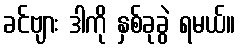
ခင်ဗျား ဒါကို နှစ်ခုခွဲ ရမယ်။